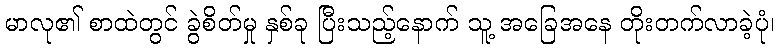
မာလု၏ စာထဲတွင် ခွဲစိတ်မှု နှစ်ခု ပြီးသည့်နောက် သူ့ အခြေအနေ တိုးတက်လာခဲ့ပုံ၊